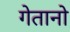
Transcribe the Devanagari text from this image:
गेतानो